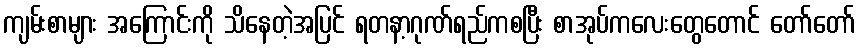
ကျမ်းစာများ အကြောင်းကို သိနေတဲ့အပြင် ရတနာ့ဂုဏ်ရည်ကစပြီး စာအုပ်ကလေးတွေတောင် တော်တော်